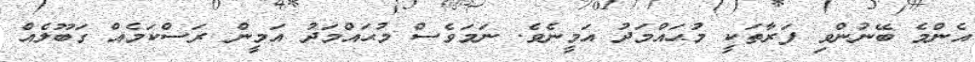
އެންމެ ބޭނުންވި ފަރާތަކީ މުޙައްމަދު އަމީނެވެ. ނަމަވެސް މުޙައްމަދު އަމީން ރަސްކަމެއް ގަބޫލެއް